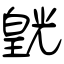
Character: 皝